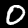
Label: 0